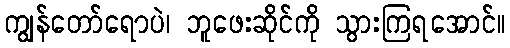
ကျွန်တော်ရောပဲ၊ ဘူဖေးဆိုင်ကို သွားကြရအောင်။